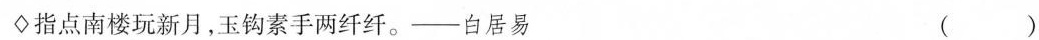
\diamondsuit指点南楼玩新月，玉钩素手两纤纤。——白居易 ()